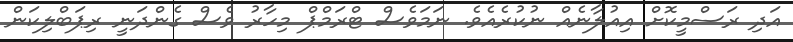
އަދި ރަސްމީކޮށް އިއުލާނެއް ނުކުރެއެވެ. ނަމަވެސް ޓްރަމްޕް މިހާރު ވެސް ގެންދަނީ ރިޕަބްލިކަން